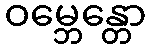
ဝမ္ဘေန္တော